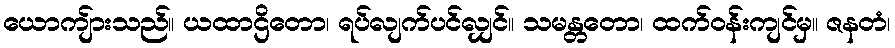
ယောကျ်ားသည်။ ယထာဌိတော၊ ရပ်လျက်ပင်လျှင်။ သမန္တတော၊ ထက်ဝန်းကျင်မှ။ ဇနတံ၊